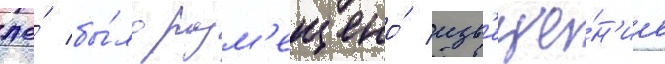
же́ бы́ло разм'ещено́ изв'еще́н'ие